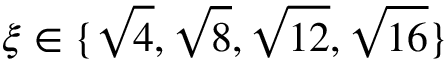
\xi \in \{ \sqrt { 4 } , \sqrt { 8 } , \sqrt { 1 2 } , \sqrt { 1 6 } \}